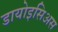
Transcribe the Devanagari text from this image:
डायोइसिअस